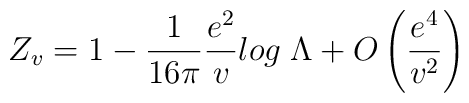
Z_v = 1 - \frac{1}{16 \pi} \frac{e^{2}}{v} log \; \Lambda +O\left( \frac{e^{4}}{v^{2}} \right)